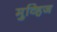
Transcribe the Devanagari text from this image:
मुव्हिज